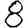
Digit: 8